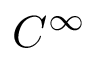
C ^ { \infty }